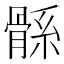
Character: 𩩌